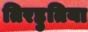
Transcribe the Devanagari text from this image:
तिरहुतिया